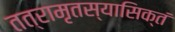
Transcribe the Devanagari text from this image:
तत्रामृतस्यासिक्तं